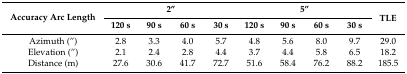
| <ROWSPAN=2> Accuracy Arc Length | <COLSPAN=4> 2′′ | <COLSPAN=4> 5′′ | <ROWSPAN=2> TLE |
 | 120 s | 90 s | 60 s | 30 s | 120 s | 90 s | 60 s | 30 s |
 | --- | --- | --- | --- | --- | --- | --- | --- | --- | --- |
 | Azimuth (′′) | 2.8 | 3.3 | 4.0 | 5.7 | 4.8 | 5.6 | 8.0 | 9.7 | 29.0 |
 | Elevation (′′) | 2.1 | 2.4 | 2.8 | 4.4 | 3.7 | 4.4 | 5.8 | 6.5 | 18.2 |
 | Distance (m) | 27.6 | 30.6 | 41.7 | 72.7 | 51.6 | 58.4 | 76.2 | 88.2 | 185.5 |